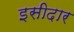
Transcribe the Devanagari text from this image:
इसीदार